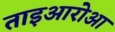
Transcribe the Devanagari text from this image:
ताइआरोआ